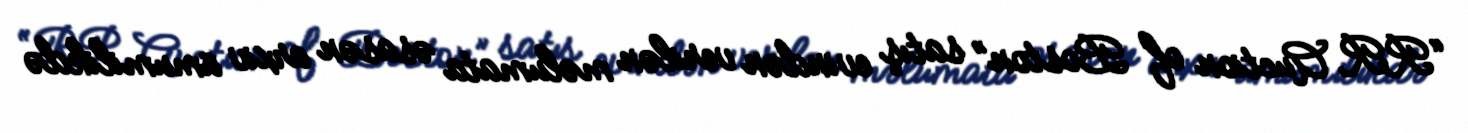
“RR Auction of Boston” satış evindən verilən məlumata əsasən arxiv ümumilikdə